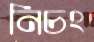
নিচং